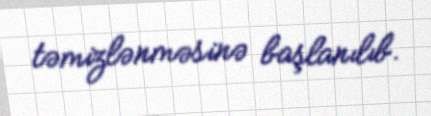
təmizlənməsinə başlanılıb.